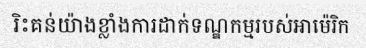
រិះគន់យ៉ាងខ្លាំងការដាក់ទណ្ឌកម្មរបស់អាម៉េរិក